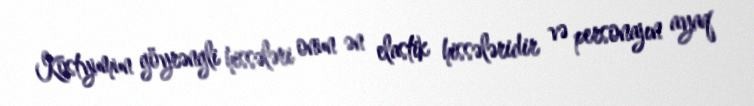
Kostyumun göyrəngli hissələri onun ən elastik hissələridir və personajın ayaq